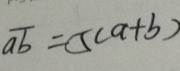
\overline { a b } = 5 ( a + b )